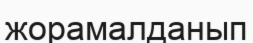
жорамалданып